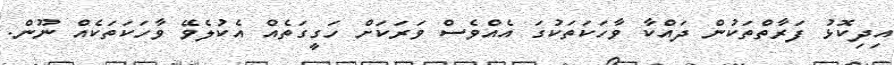
އިދިކޮޅު ފަރާތްތަކުން ދައްކާ ވާހަކަތަކުގަ އެއްވެސް ވަރަކަށް ހަގީގަތެއް އެކުލެވޭ ވާހަކަތަކެއް ނޫން.